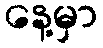
နေ့မှာ